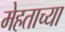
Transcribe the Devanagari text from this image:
मेहताच्या